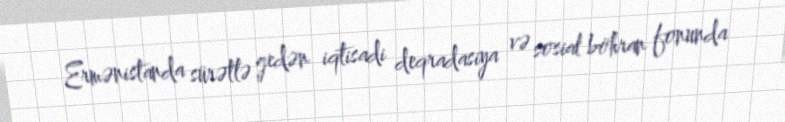
Ermənistanda sürətlə gedən iqtisadi deqradasiya və sosial böhran fonunda